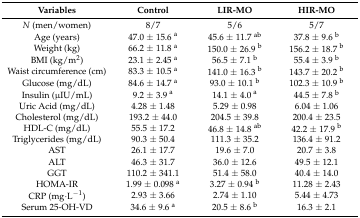
<table><thead><tr><td><b>Variables</b></td><td><b>Control</b></td><td><b>LIR-MO</b></td><td><b>HIR-MO</b></td></tr></thead><tbody><tr><td><i>N</i> (men/women)</td><td>8/7</td><td>5/6</td><td>5/7</td></tr><tr><td>Age (years)</td><td>47.0 ± 15.6 <sup>a</sup></td><td>45.6 ± 11.7 <sup>ab</sup></td><td>37.8 ± 9.6 <sup>b</sup></td></tr><tr><td>Weight (kg)</td><td>66.2 ± 11.8 <sup>a</sup></td><td>150.0 ± 26.9 <sup>b</sup></td><td>156.2 ± 18.7 <sup>b</sup></td></tr><tr><td>BMI (kg/m<sup>2</sup>)</td><td>23.1 ± 2.45 <sup>a</sup></td><td>56.5 ± 7.1 <sup>b</sup></td><td>55.4 ± 3.9 <sup>b</sup></td></tr><tr><td>Waist circumference (cm)</td><td>83.3 ± 10.5 <sup>a</sup></td><td>141.0 ± 16.3 <sup>b</sup></td><td>143.7 ± 20.2 <sup>b</sup></td></tr><tr><td>Glucose (mg/dL)</td><td>84.6 ± 14.7 <sup>a</sup></td><td>93.0 ± 10.1 <sup>b</sup></td><td>102.3 ± 10.9 <sup>b</sup></td></tr><tr><td>Insulin (μIU/mL)</td><td>9.2 ± 3.9 <sup>a</sup></td><td>14.1 ± 4.0 <sup>a</sup></td><td>44.5 ± 7.8 <sup>b</sup></td></tr><tr><td>Uric Acid (mg/dL)</td><td>4.28 ± 1.48 </td><td>5.29 ± 0.98 </td><td>6.04 ± 1.06 </td></tr><tr><td>Cholesterol (mg/dL)</td><td>193.2 ± 44.0 </td><td>204.5 ± 39.8 </td><td>200.4 ± 23.5 </td></tr><tr><td>HDL-C (mg/dL)</td><td>55.5 ± 17.2 </td><td>46.8 ± 14.8 <sup>ab</sup></td><td>42.2 ± 17.9 <sup>b</sup></td></tr><tr><td>Triglycerides (mg/dL)</td><td>90.3 ± 50.4 </td><td>111.3 ± 35.2 </td><td>136.4 ± 91.2 </td></tr><tr><td>AST</td><td>26.1 ± 17.7 </td><td>19.6 ± 7.0</td><td>20.7 ± 3.8 </td></tr><tr><td>ALT</td><td>46.3 ± 31.7 </td><td>36.0 ± 12.6</td><td>49.5 ± 12.1 </td></tr><tr><td>GGT</td><td>110.2 ± 341.1 </td><td>51.4 ± 58.0</td><td>40.4 ± 14.0 </td></tr><tr><td>HOMA-IR</td><td>1.99 ± 0.098 <sup>a</sup></td><td>3.27 ± 0.94 <sup>b</sup></td><td>11.28 ± 2.43 </td></tr><tr><td>CRP (mg·L<sup>−1</sup>)</td><td>2.93 ± 3.66 </td><td>2.74 ± 1.10 </td><td>5.44 ± 4.73 </td></tr><tr><td>Serum 25-OH-VD</td><td>34.6 ± 9.6 <sup>a</sup></td><td>20.5 ± 8.6 <sup>b</sup></td><td>16.3 ± 2.1 </td></tr></tbody></table>